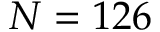
N = 1 2 6